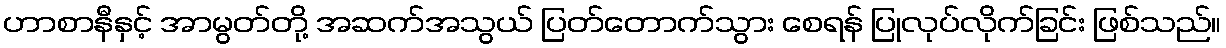
ဟာစာနီနှင့် အာမွတ်တို့ အဆက်အသွယ် ပြတ်တောက်သွား စေရန် ပြုလုပ်လိုက်ခြင်း ဖြစ်သည်။